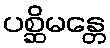
ပစ္ဆိမန္တေ